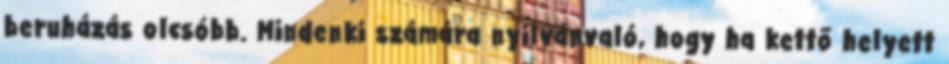
beruházás olcsóbb. Mindenki számára nyilvánvaló, hogy ha kettő helyett